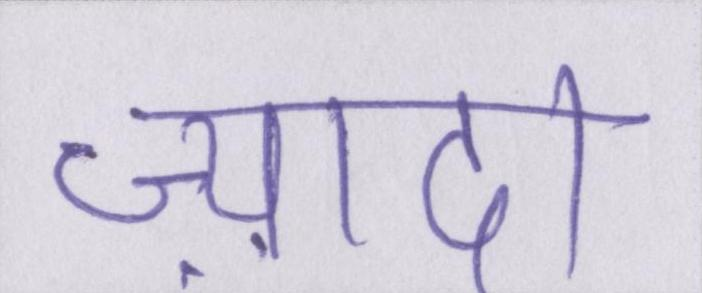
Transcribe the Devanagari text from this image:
ज़्यादा